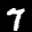
Label: 7